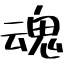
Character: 魂